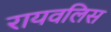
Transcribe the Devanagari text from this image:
रायवलिस